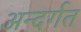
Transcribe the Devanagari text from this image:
अन्दर्गत